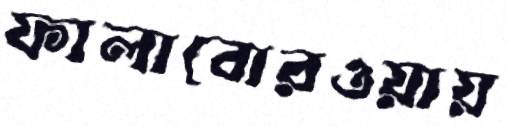
ফালাবোরওয়ায়